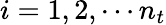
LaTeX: i=1,2,\cdots n_{t}